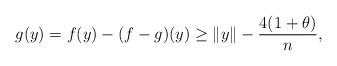
LaTeX: \begin{align*} g(y) = f(y)-(f-g)(y)\geq \|y\|-\frac{4(1+\theta)}{n},\end{align*}